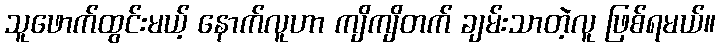
သူဖောက်ထွင်းမယ့် နောက်လူဟာ ကျိကျိတက် ချမ်းသာတဲ့လူ ဖြစ်ရမယ်။